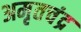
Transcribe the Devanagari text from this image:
अमृतचंद्र